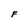
Character: F